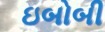
ઇબોબી